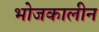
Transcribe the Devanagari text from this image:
भोजकालीन